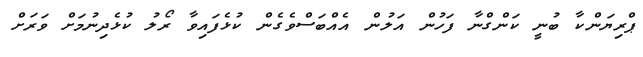
ޕްރިޔަންކާ ބުނީ ކަންގްނާ ފަހުން އަލުން އެއްބަސްވެގެން ކުޅެފައިވާ ރޯލު ކުޅެދިނުމަށް ވަރަށް